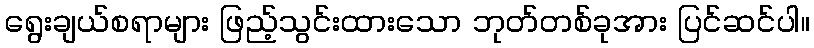
ရွေးချယ်စရာများ ဖြည့်သွင်းထားသော ဘုတ်တစ်ခုအား ပြင်ဆင်ပါ။